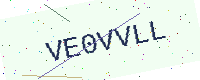
Text: VE0VVLL